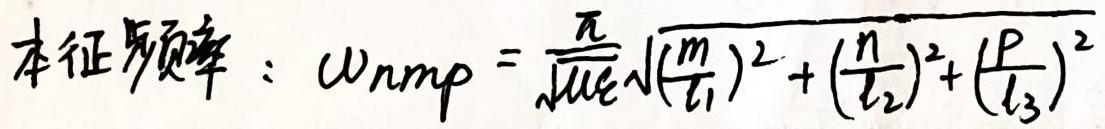
本征频率：$\omega_{nmp}=\frac{\pi}{\sqrt{\mu\varepsilon}}\sqrt{(\frac{m}{l_1})^2+(\frac{n}{l_2})^2+(\frac{p}{l_3})^2}$